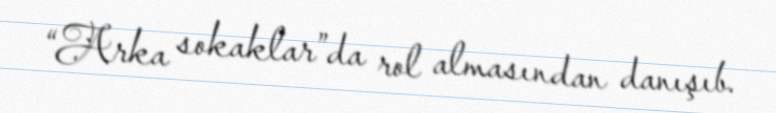
“Arka sokaklar”da rol almasından danışıb.